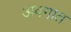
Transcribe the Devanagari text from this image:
अवगात